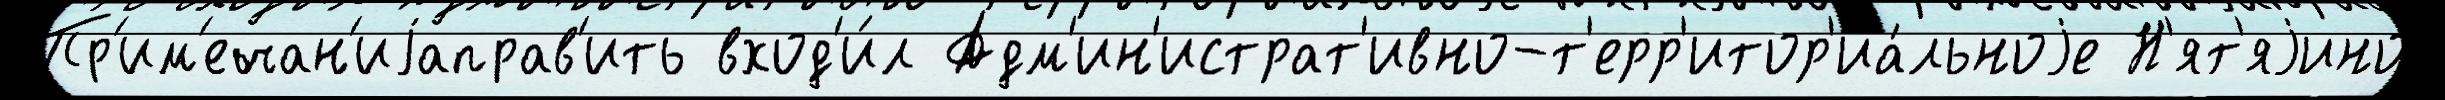
Пр'им'ечан'иjаправ'ить вход'и́л Адм'ин'истрат'ивно-т'ерр'итор'иа́льноjе Н'ят'яjино